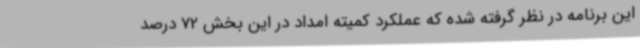
این برنامه در نظر گرفته شده که عملکرد کمیته امداد در این بخش 72 درصد